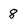
Character: 8